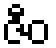
ဇီဝ